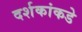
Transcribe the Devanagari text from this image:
दर्शकांकडे